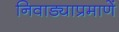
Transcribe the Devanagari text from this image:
निवाड्याप्रमाणें